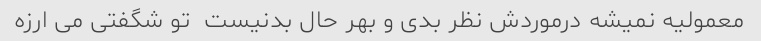
معمولیه نمیشه درموردش نظر بدی و بهر حال بدنیست  تو شگفتی می ارزه